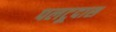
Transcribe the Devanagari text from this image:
पलटूदास